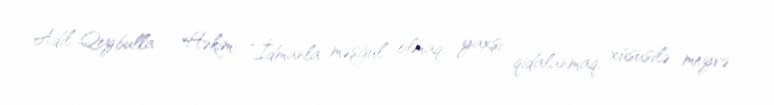
Adil Qeybulla – Həkim: “İdmanla məşğul olmaq, yaxşı qidalanmaq, xüsusilə meyvə